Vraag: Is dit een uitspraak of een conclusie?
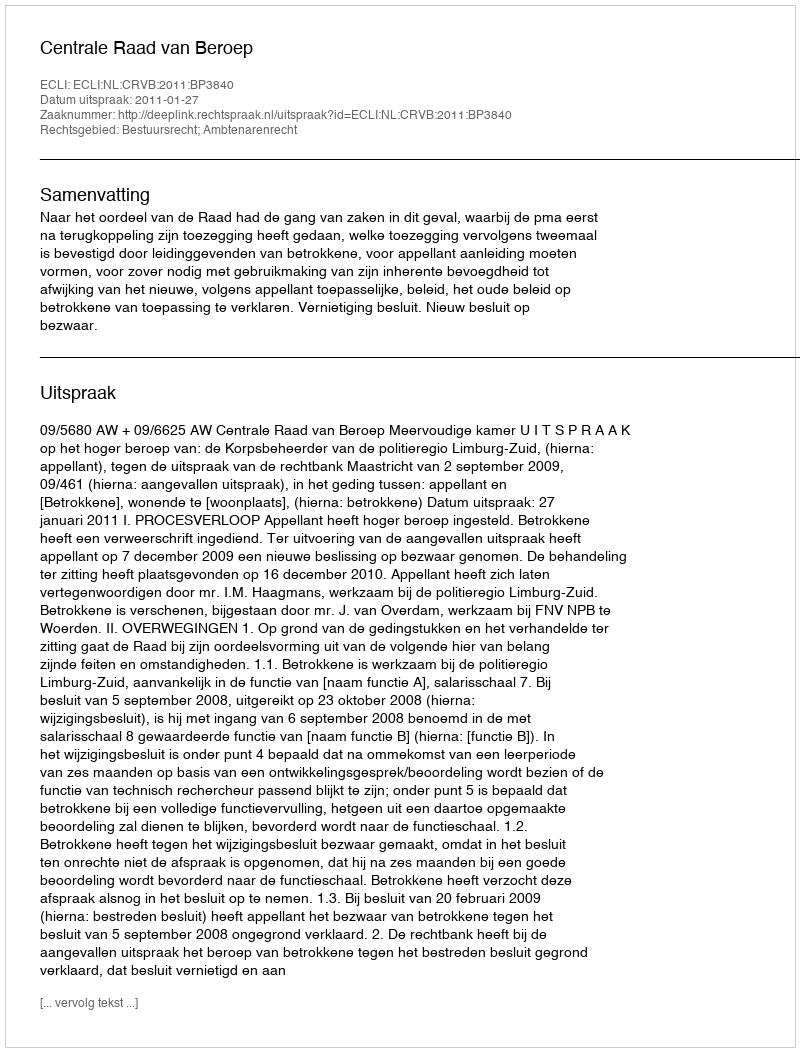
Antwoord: Uitspraak